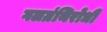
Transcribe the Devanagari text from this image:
गलग्रंथिरोधी